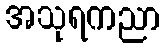
အသုရကညာ